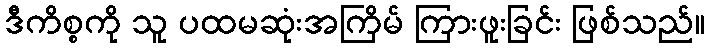
ဒီကိစ္စကို သူ ပထမဆုံးအကြိမ် ကြားဖူးခြင်း ဖြစ်သည်။